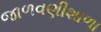
જાળવણીશાળા